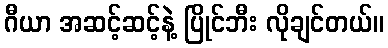
ဂီယာ အဆင့်ဆင့်နဲ့ ပြိုင်ဘီး လိုချင်တယ်။